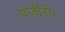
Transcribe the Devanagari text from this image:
पंजीरी।